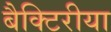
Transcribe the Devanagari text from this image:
बैक्टिरीया